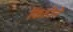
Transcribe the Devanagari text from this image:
कितीने